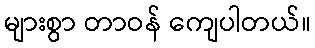
များစွာ တာဝန် ကျေပါတယ်။